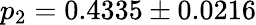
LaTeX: p_{2}=0.4335\pm 0.0216